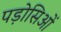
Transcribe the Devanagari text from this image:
पड़ोसिओं